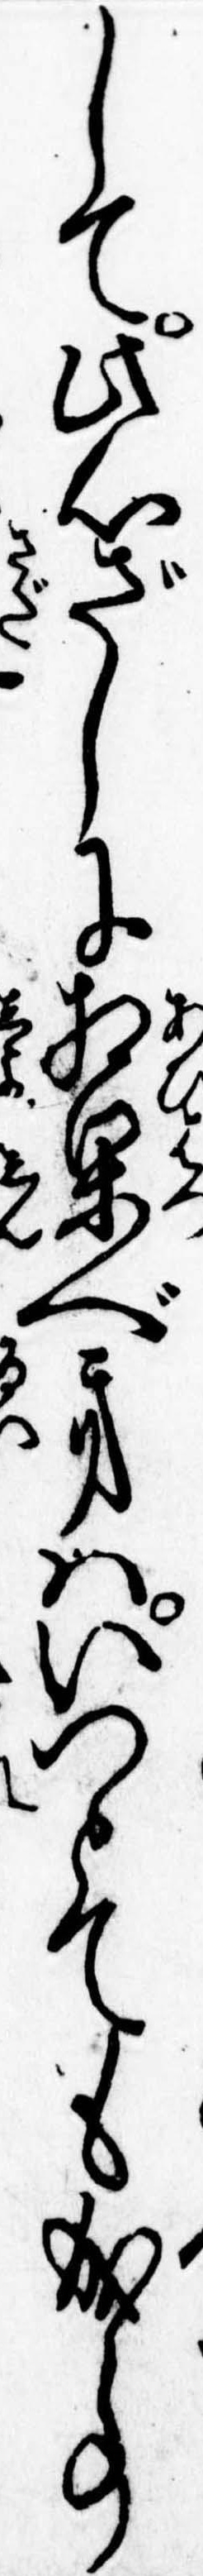
して此心ざしに相果べきはいつとても成事